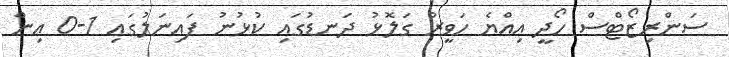
ސަންރިޒޯޓްސް ހޯދީ އިއްޔެ ހަވީރު ގަލޮޅު ދަނޑުގައި ކުޅުނު ފައިނަލުގައި 1-0 އިން